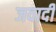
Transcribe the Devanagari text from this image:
जवादी